Report by Surgeon-Captain Childe, I.M.S. - Part II
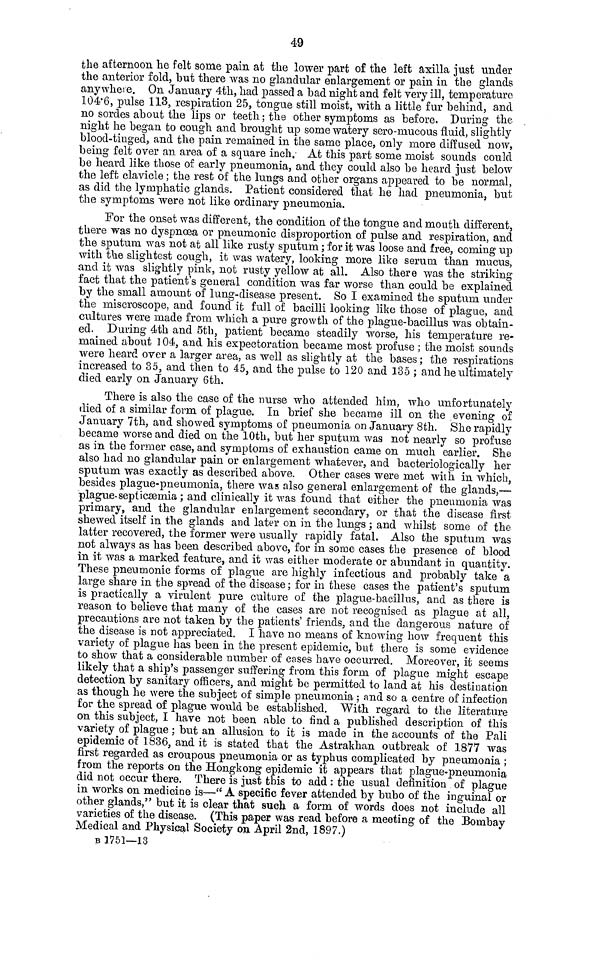
49
the afternoon he felt some pain at the lower part of the left axilla just under
the anterior fold, but there was no glandular enlargement or pain in the glands
any where. On January 4th, had passed a bad night and felt very ill, temperature
104.6, pulse 113, respiration 25, tongue still moist, with a little fur behind, and
no sordes about the lips or teeth ; the other symptoms as before. During the
night he began to cough and brought up some watery sero-mucous fluid, slightly
blood-tinged, and the pain remained in the same place, only more diffused now,
being felt over an area of a square inch.- At this part some moist sounds could
be heard like those of early pneumonia, and they could also be heard just below
the left clavicle ; the rest of the lungs and other organs appeared to be normal,
as did the lymphatic glands. Patient considered that he had pneumonia, but
the symptoms were not like ordinary pneumonia.
For the onset was different, the condition of the tongue and mouth different,
there was no dyspnoea or pneumonic disproportion of pulse and respiration, and
the sputum was not at all like rusty sputum ; for it was loose and free, coming up
with the slightest cough, it was watery, looking more like serum than mucus,
and it was slightly pink, not rusty yellow at all. Also there was the striking
fact that the patient's general condition was far worse than could be explained
by the small amount of lung-disease present. So I examined the sputum under
the miscroscope, and found it full of bacilli looking like those of plague, and
cultures were made from which a pure growth of the plague-bacillus was obtain-
ed. During 4th and 5th, patient became steadily worse, his temperature re-
mained about 104, and his expectoration became most profuse ; the moist sounds
were heard over a larger area, as well as slightly at the bases ; the respirations
increased to 35, and then to 45, and the pulse to 120 and 135 ; and he ultimately
died early on January 6th.
There is also the case of the nurse who attended him, who unfortunately
died of a similar form of plague. In brief she became ill on the evening of
January 7th, and showed symptoms of pneumonia on January 8th. She rapidly
became worse and died on the 10th, but her sputum was not nearly so profuse
as in the former case, and symptoms of exhaustion came on much earlier. She
also had no glandular pain or enlargement whatever, and bacteriologically her
sputum was exactly as described above. Other cases were met with in which,
besides plague-pneumonia, there was also general enlargement of the glands,—
plague-septicaemia ; and clinically it was found that either the pneumonia was
primary, and the glandular enlargement secondary, or that the disease first
shewed itself in the glands and later on in the lungs ; and whilst some of the
latter recovered, the former were usually rapidly fatal. Also the sputum was
not always as has been described above, for in some cases the presence of blood
in it was a marked feature, and it was either moderate or abundant in quantity.
These pneumonic forms of plague are highly infectious and probably take a
large share in the spread of the disease ; for in these cases the patient's sputum
is practically a virulent pure culture of the plague-bacillus, and as there is
reason to believe that many of the cases are not recognised as plague at all,
precautions are not taken by the patients' friends, and the dangerous nature of
the disease is not appreciated. I have no means of knowing how frequent this
variety of plague has been in the present epidemic, but there is some evidence
to show that a considerable number of cases have occurred. Moreover, it seems
likely that a ship's passenger suffering from this form of plague might escape
detection by sanitary officers, and might be permitted to land at his destination
as though he were the subject of simple pneumonia ; and so a centre of infection
for the spread of plague would be established, With regard to the literature
on this subject, I have not been able to find a published description of this
variety of plague ; but an allusion to it is made in the accounts of the Pali
epidemic of 1836, and it is stated that the Astrakhan outbreak of 1877 was
first regarded as croupous pneumonia or as typhus complicated by pneumonia ;
from the reports on the Hongkong epidemic it appears that plague-pneumonia
did not occur there. There is just this to add : the usual definition of plague
in works on medicine is—" A specific fever attended by bubo of the inguinal or
other glands," but it is clear that such, a form of words does not include all
varieties of the disease. (This paper was read before a meeting of the Bombay
Medical and Physical Society on April 2nd, 1897.)
B 1751—13